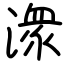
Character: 潨